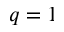
q = 1